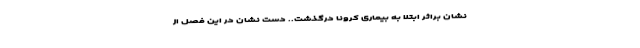
نشان براثر ابتلا به بیماری کرونا درگذشت.. دست نشان در این فصل از